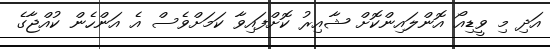
އަދި މި ވީޑިއޯ އޮންލައިންކޮށް ޝާއިރު ކޮށްފައިވާ ކަމަށްވެސް އެ އަންހެން ކުއްޖާގެ